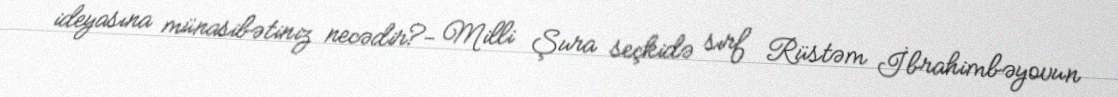
ideyasına münasibətiniz necədir?- Milli Şura seçkidə sırf Rüstəm İbrahimbəyovun